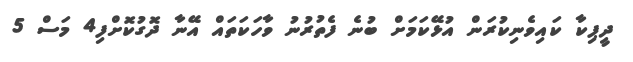
ދީޕިކާ ކައިވެނިކުރަން އުޅޭކަމަށް ބުނެ ފެތުރުނު ވާހަކަތަައް އޭނާ ދޮގުކޮށްފި4 މަސް 5